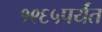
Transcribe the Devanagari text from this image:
१९६५पर्यंत